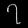
Digit: ၇